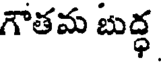
గౌతమ బుద్ధ